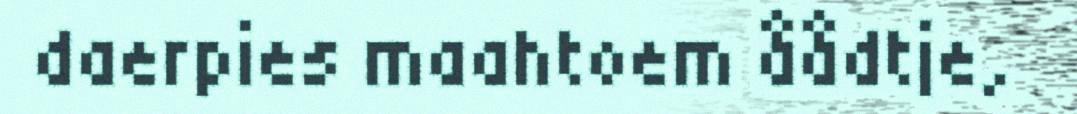
daerpies maahtoem åådtje,